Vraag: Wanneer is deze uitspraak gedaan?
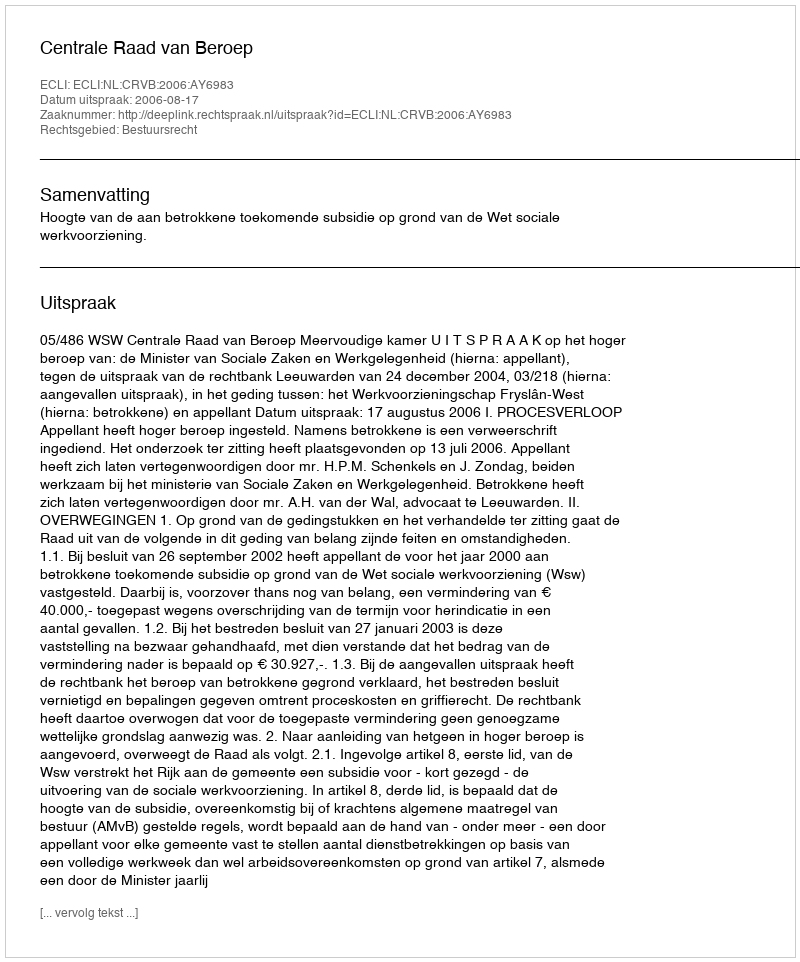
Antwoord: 2006-08-17